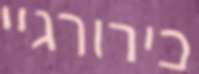
כירורגיי